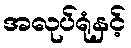
အလုပ်ရုံနှင့်